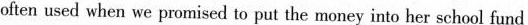
often used when we promised to put the money into her school fund